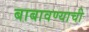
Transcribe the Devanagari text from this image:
बाबावण्याची